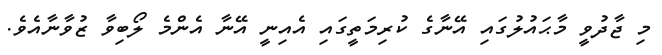
މި ޖާދުވީ މާޙައުލުގައި އޭނާގެ ކުރިމަތީގައި އެއިނީ އޭނާ އެންމެ ލޯބިވާ ޒުވާނާއެވެ.